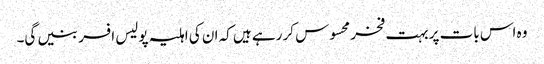
وہ اس بات پر بہت فخر محسوس کر رہے ہیں کہ ان کی اہلیہ پولیس افسر بنیں گی۔